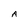
Character: A